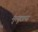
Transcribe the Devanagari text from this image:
मृत्यूछाया